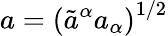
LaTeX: a=\left(\tilde{a}^{\alpha}a_{\alpha}\right)^{1/2}